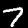
Digit: 7